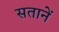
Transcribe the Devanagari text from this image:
सतानें